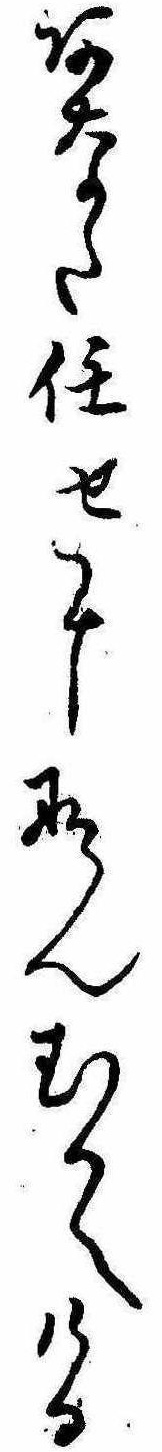
あなた任せになんむかへける